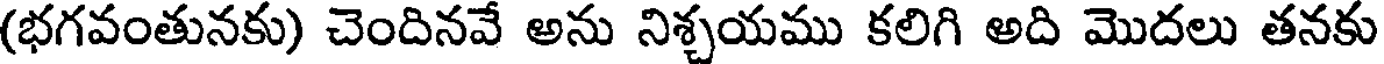
(భగవంతునకు) చెందినవే అను నిశ్చయము కలిగి అది మొదలు తనకు